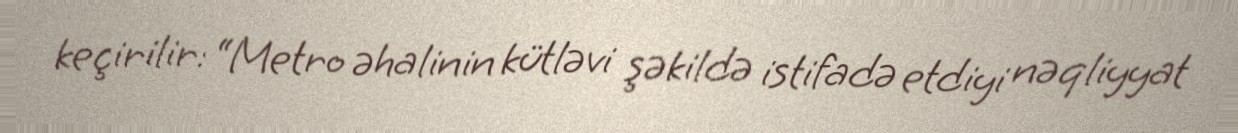
keçirilir: “Metro əhalinin kütləvi şəkildə istifadə etdiyi nəqliyyat